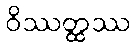
ဝိဿတ္ထဿ